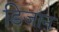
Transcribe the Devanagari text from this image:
डिजान